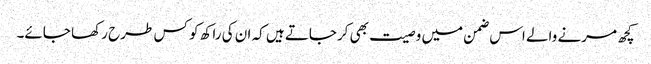
کچھ مرنے والے اس ضمن میں وصیت بھی کرجاتے ہیں کہ ان کی راکھ کو کس طرح رکھا جائے۔